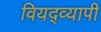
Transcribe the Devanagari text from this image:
वियद्व्यापी